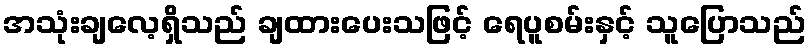
အသုံးချလေ့ရှိသည် ချထားပေးသဖြင့် ရေပူစမ်းနှင့် သူပြောသည်